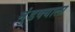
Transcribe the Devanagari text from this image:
मुंडक्याला